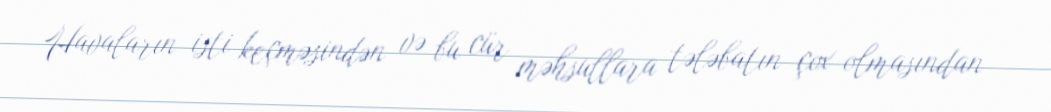
Havaların isti keçməsindən və bu cür məhsullara tələbatın çox olmasından